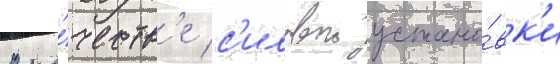
В ка́честв'е с'иловои устано́вк'и